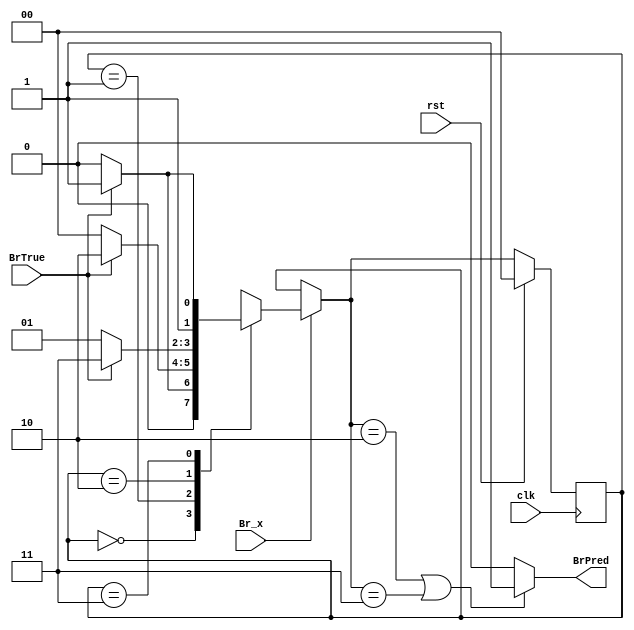
module BHT
 (
	input				clk,
	input				rst,
	input				Br_x,
	input				BrTrue,
	output				BrPred
 );
    localparam                  [1:0] SNT  = 2'b00;          //Strong NT
    localparam                  [1:0] WNT  = 2'b01;          //Weak NT
    localparam                  [1:0] WT   = 2'b10;          //Weak T
    localparam                  [1:0] ST   = 2'b11;          //Strong T
    reg                         [1:0] current_state;         //Current State of FSM
    reg                         [1:0]    next_state;         //Next State of FSM

 always @(posedge clk)
    if(rst)
        current_state <= SNT; // Reset State
    else
        current_state <= next_state; // next state calculated by combinational always block

 always @(*)
 begin
    if(Br_x)
    case(current_state) // condtion for current state
        SNT : 
                next_state <= BrTrue? WNT:SNT;
        WNT: 
                next_state <= BrTrue? WT:SNT;
        WT: 
                next_state <= BrTrue? ST:WNT;
        ST : 
                next_state <= BrTrue? ST:WT;      	
	default:
                next_state <= current_state;
    endcase
    else
	next_state = current_state;
 end
	//output
 assign BrPred = (next_state==WT||next_state==ST)? 1'b1:1'b0;
endmodule